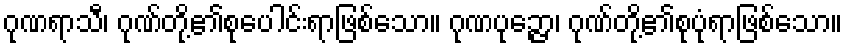
ဂုဏရာသီ၊ ဂုဏ်တို့၏စုပေါင်းရာဖြစ်သော။ ဂုဏပုဉ္ဇော၊ ဂုဏ်တို့၏စုပုံရာဖြစ်သော။